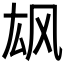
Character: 𲋎